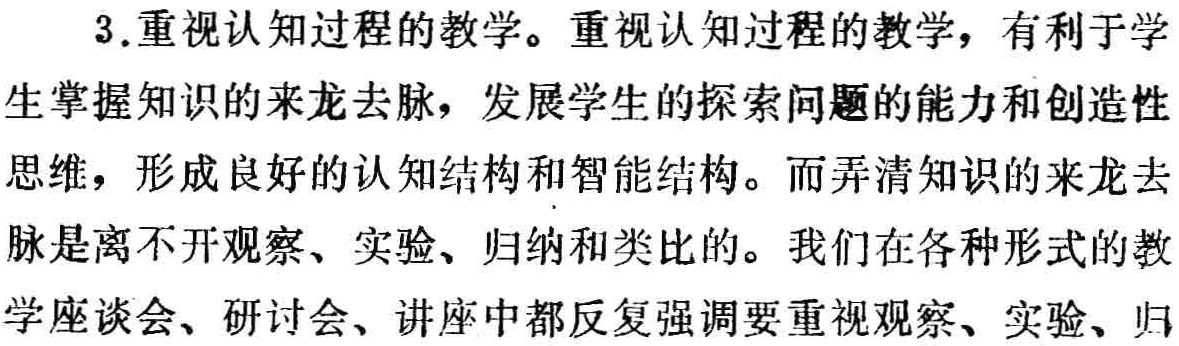
3.重视认知过程的教学。重视认知过程的教学，有利于学生掌握知识的来龙去脉，发展学生的探索问题的能力和创造性思维，形成良好的认知结构和智能结构。而弄清知识的来龙去脉是离不开观察、实验、归纳和类比的。我们在各种形式的教学座谈会、研讨会、讲座中都反复强调要重视观察、实验、归